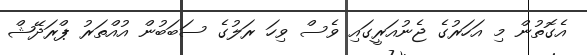
އެގޮތުން މި އަހަރުގެ ޖެނުއަރީގައި ވެސް ވިހަ ރަލުގެ ސަބަބުން އުއްތަރު ޕްރަދޭޝް